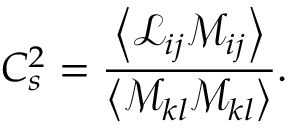
C _ { s } ^ { 2 } = \frac { \left\langle \mathcal { L } _ { i j } \mathcal { M } _ { i j } \right\rangle } { \left\langle \mathcal { M } _ { k l } \mathcal { M } _ { k l } \right\rangle } .